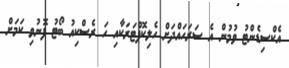
އެކްސިޑެންޓު ވުމުން އެ ސަރަހައްދަށް ހެލިކޮޕްޓަރަކާއި ހަ ރެސްކިއު ބޯޓު ފޮނުވި ކަމަށް